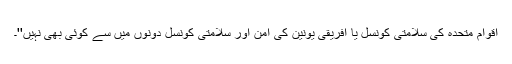
اقوام متحدہ کی سلامتی کونسل یا افریقی یونین کی امن اور سلامتی کونسل دونوں میں سے کوئی بھی نہیں''۔